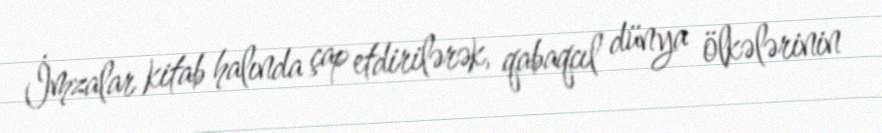
İmzalar kitab halında çap etdirilərək, qabaqcıl dünya ölkələrinin